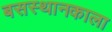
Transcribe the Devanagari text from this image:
बसस्थानकाला